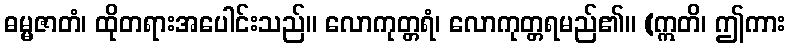
ဓမ္မဇာတံ၊ ထိုတရားအပေါင်းသည်။ လောကုတ္တရံ၊ လောကုတ္တရမည်၏။ (ဣတိ၊ ဤကား